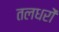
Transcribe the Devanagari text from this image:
तलधरों